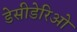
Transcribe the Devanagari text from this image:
डेसीडेरिओ